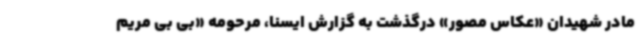
مادر شهیدان «عکاس مصور» درگذشت به گزارش ایسنا، مرحومه «بی بی مریم